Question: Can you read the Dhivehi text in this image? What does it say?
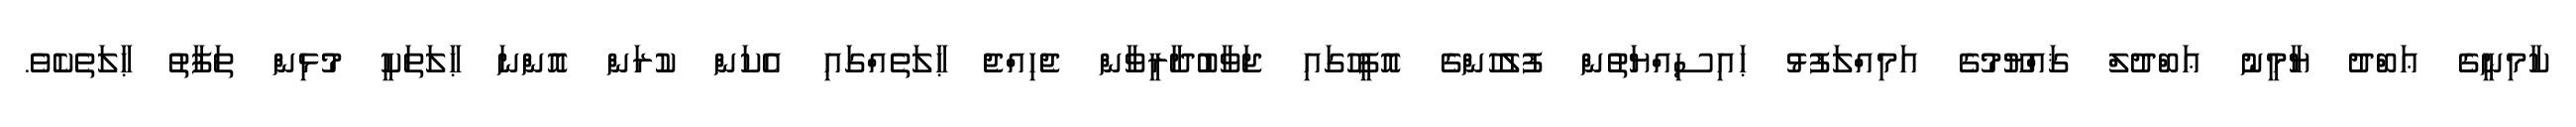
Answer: ކާމިނީގެ ޢަބްދު ޔާމީނު ޢަބްދުލް ޤައްޔޫމުގެ އަމިއްލަފުޅު ޙައިސިއްޔަތުން ފުލުހުންގެ އޮފީހުގައި ޖަވާބުދާރީވާން ޖެހިއްޖެ ޙާލަތެއްގައި އެކަން ކުރަން އޮންނަ ޙާލަތަކީ މުޅިން ތަފާތު ޙާލަތެކެވެ.